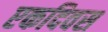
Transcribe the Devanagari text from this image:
एकदिवस